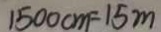
1 5 0 0 c m = 1 5 m